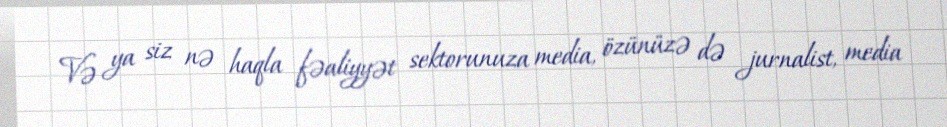
Və ya siz nə haqla fəaliyyət sektorunuza media, özünüzə də jurnalist, media